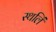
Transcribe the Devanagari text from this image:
स्थलिं